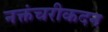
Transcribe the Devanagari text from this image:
नक्तंचरीकदन